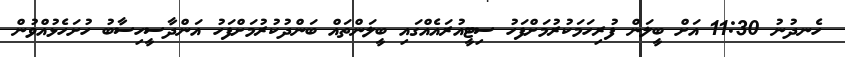
ހެނދުނު 11:30 އަށް ބީލަން ފުރިހަމަކުރުމަށްފަހު ސިޓީއުރައެއްގައި ބީލަންތައް ބަންދުކުރުމަށްފަހު އަންދާސީހިސާބު ހުށަހެޅުއްވުން